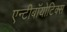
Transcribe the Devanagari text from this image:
एन्टीबॉयोटिक्स